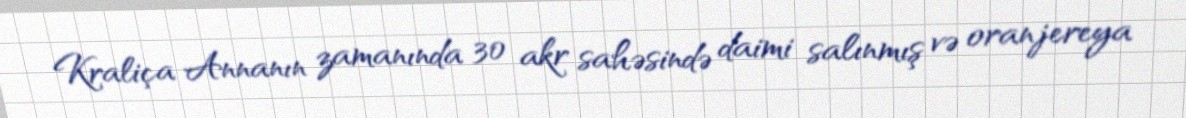
Kraliça Annanın zamanında 30 akr sahəsində daimi salınmış və oranjereya